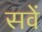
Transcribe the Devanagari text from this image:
सवें